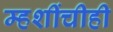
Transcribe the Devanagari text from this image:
म्हशींचीही